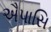
ઐપાસિ